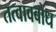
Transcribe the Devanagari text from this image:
तत्वावबोध